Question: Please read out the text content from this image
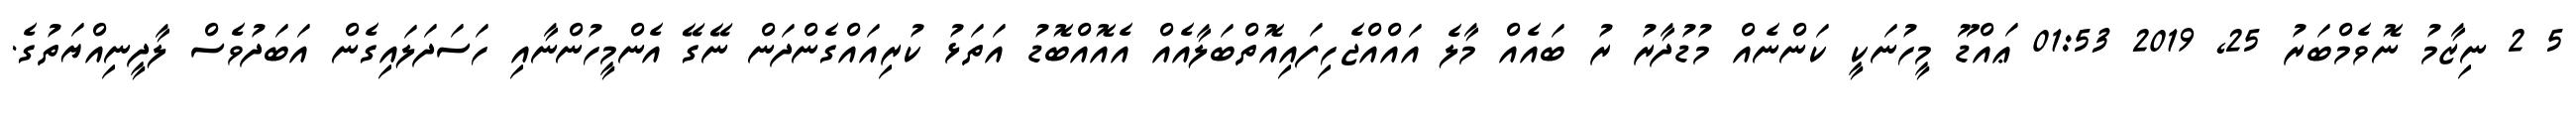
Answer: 5 2 ނިޒާމު ނޮވެމްބަރު 25, 2019 01:53 ޢައްޑޫ މީހުނަކީ ކަންނެއް މުޑުދާރު ރު ބައެއް މާލެ އައްއްޖެހިފައިއޮތްބަލާއެއް އެއޮއްބޮޑު އަތަޅު ކުރިއައްގެންދަން ނޭގޭ އެންމީހުންނާއި ހަސަދަލައިގެން އަބަދުވެސް ލާދީނިއްޔަތުގެ.